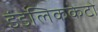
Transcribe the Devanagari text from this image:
इंडेलिककेटो